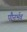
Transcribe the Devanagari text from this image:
पौनर्भव